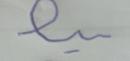
Signature authenticity: forged